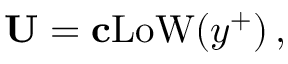
{ \bf U } = { \bf c } \mathrm { L o W } ( y ^ { + } ) \, ,